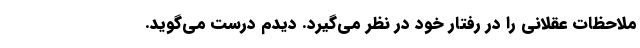
ملاحظات عقلانی را در رفتار خود در نظر می‌گیرد. دیدم درست می‌گوید.